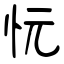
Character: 忨